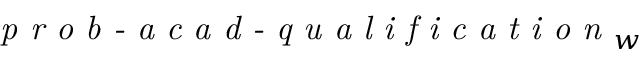
\textit { p r o b - a c a d - q u a l i f i c a t i o n } _ { w }